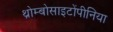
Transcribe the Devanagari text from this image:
थ्रोम्बोसाइटोंपीनिया